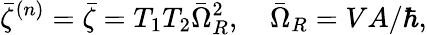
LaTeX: \bar{\zeta}^{(n)}=\bar{\zeta}=T_{1}T_{2}\bar{\Omega}_{R}^{2},\quad\bar{\Omega}_{R}=VA/\hbar,